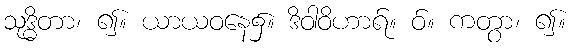
သုဒ္ဓိတာ၊ ၍။ ယာယဝနေ၌။ ဒိဝါဝိဟာရ်။ ဝ်။ ကတွာ၊ ၍။